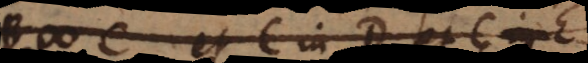
# C et C in D et C